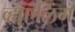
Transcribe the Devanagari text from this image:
व्ह्युएलिंग